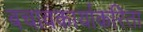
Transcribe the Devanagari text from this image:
बचावकार्याकरिता